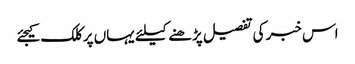
اس خبر کی تفصیل پڑھنے کیلئے یہاں پر کلک کیجئے